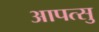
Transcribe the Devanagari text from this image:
आपत्सु